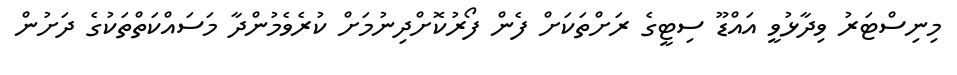
މިނިސްޓަރު ވިދާޅުވީ އައްޑޫ ސިޓީގެ ރަށްތަކަށް ފެން ފޯރުކޮށްދިނުމަށް ކުރެވެމުންދާ މަސައްކަތްތަކުގެ ދަށުން